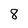
Character: 8